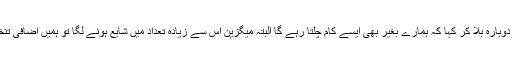
اسلئے کہ ہم کو دوبارہ بلا کر کہا کہ ہمارے بغیر بھی ایسے کام چلتا رہے گا البتہ میگزین اس سے زیادہ تعداد میں شایع ہونے لگا تو ہمیں اضافی تنخواہ بھی دے گا۔